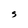
Character: S